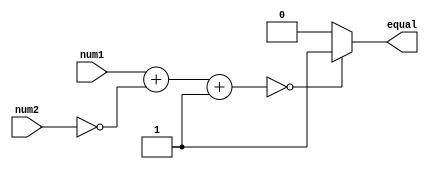
module arithmetic_comparator(
    input [7:0] num1,
    input [7:0] num2,
    output reg equal
);

reg [7:0] result;

always @(*) begin
    result = num1 + ~num2 + 1; // result = num1 - num2
    if(result == 8'b00000000)
        equal = 1;
    else
        equal = 0;
end

endmodule